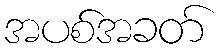
အပစ်အခတ်